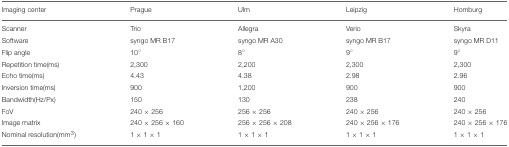
| Imaging center | Prague | Ulm | Leipzig | Homburg |
 | --- | --- | --- | --- | --- |
 | Scanner | Trio | Allegra | Verio | Skyra |
 | Software | syngo MR B17 | syngo MR A30 | syngo MR B17 | syngo MR D11 |
 | Flip angle | 10° | 8° | 9° | 9° |
 | Repetition time(ms) | 2,300 | 2,200 | 2,300 | 2,300 |
 | Echo time(ms) | 4.43 | 4.38 | 2.98 | 2.96 |
 | Inversion time(ms) | 900 | 1,200 | 900 | 900 |
 | Bandwidth(Hz/Px) | 150 | 130 | 238 | 240 |
 | FoV | 240 × 256 | 256 × 256 | 240 × 256 | 240 × 256 |
 | Image matrix | 240 × 256 × 160 | 256 × 256 × 208 | 240 × 256 × 176 | 240 × 256 × 176 |
 | Nominal resolution(mm3) | 1 × 1 × 1 | 1 × 1 × 1 | 1 × 1 × 1 | 1 × 1 × 1 |